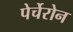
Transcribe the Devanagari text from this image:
पेर्चेरोन